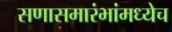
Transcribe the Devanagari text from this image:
सणासमारंभांमध्येच